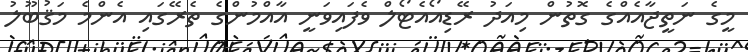
މީގެ ނަތީޖާއެއްގެ ގޮތުން މިއަދު ރޭޑިއޯއެޓޯލް ވެފައިވަނީ އާއްމުންގެ ތެރޭގައި އެންމެ މަޤުބޫލު